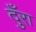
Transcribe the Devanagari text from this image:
दुँरा